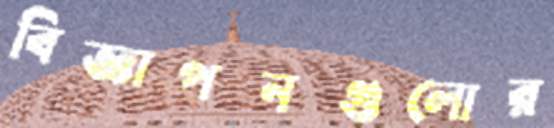
বিজ্ঞাপনগুলোর